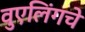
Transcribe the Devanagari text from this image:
वुएलिंगचे